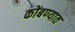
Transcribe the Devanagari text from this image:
कोंबण्यात